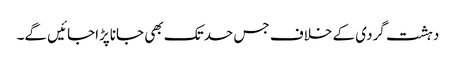
دہشت گردی کے خلاف جس حدتک بھی جاناپڑاجائیں گے۔